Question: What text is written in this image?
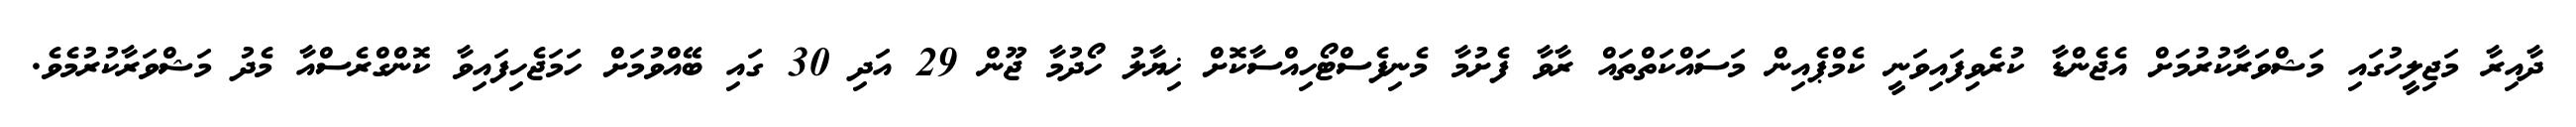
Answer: ދާއިރާ މަޖިލީހުގައި މަޝްވަރާކުރުމަށް އެޖެންޑާ ކުރެވިފައިވަނީ ކެމްޕެއިން މަސައްކަތްތައް ރާވާ ފެށުމާ މެނިފެސްޓޯހިއްސާކޮށް ޚިޔާލު ހޯދުމާ ޖޫން 29 އަދި 30 ގައި ބޭއްވުމަށް ހަމަޖެހިފައިވާ ކޮންގްރެސްއާ މެދު މަޝްވަރާކުރުމެވެ.